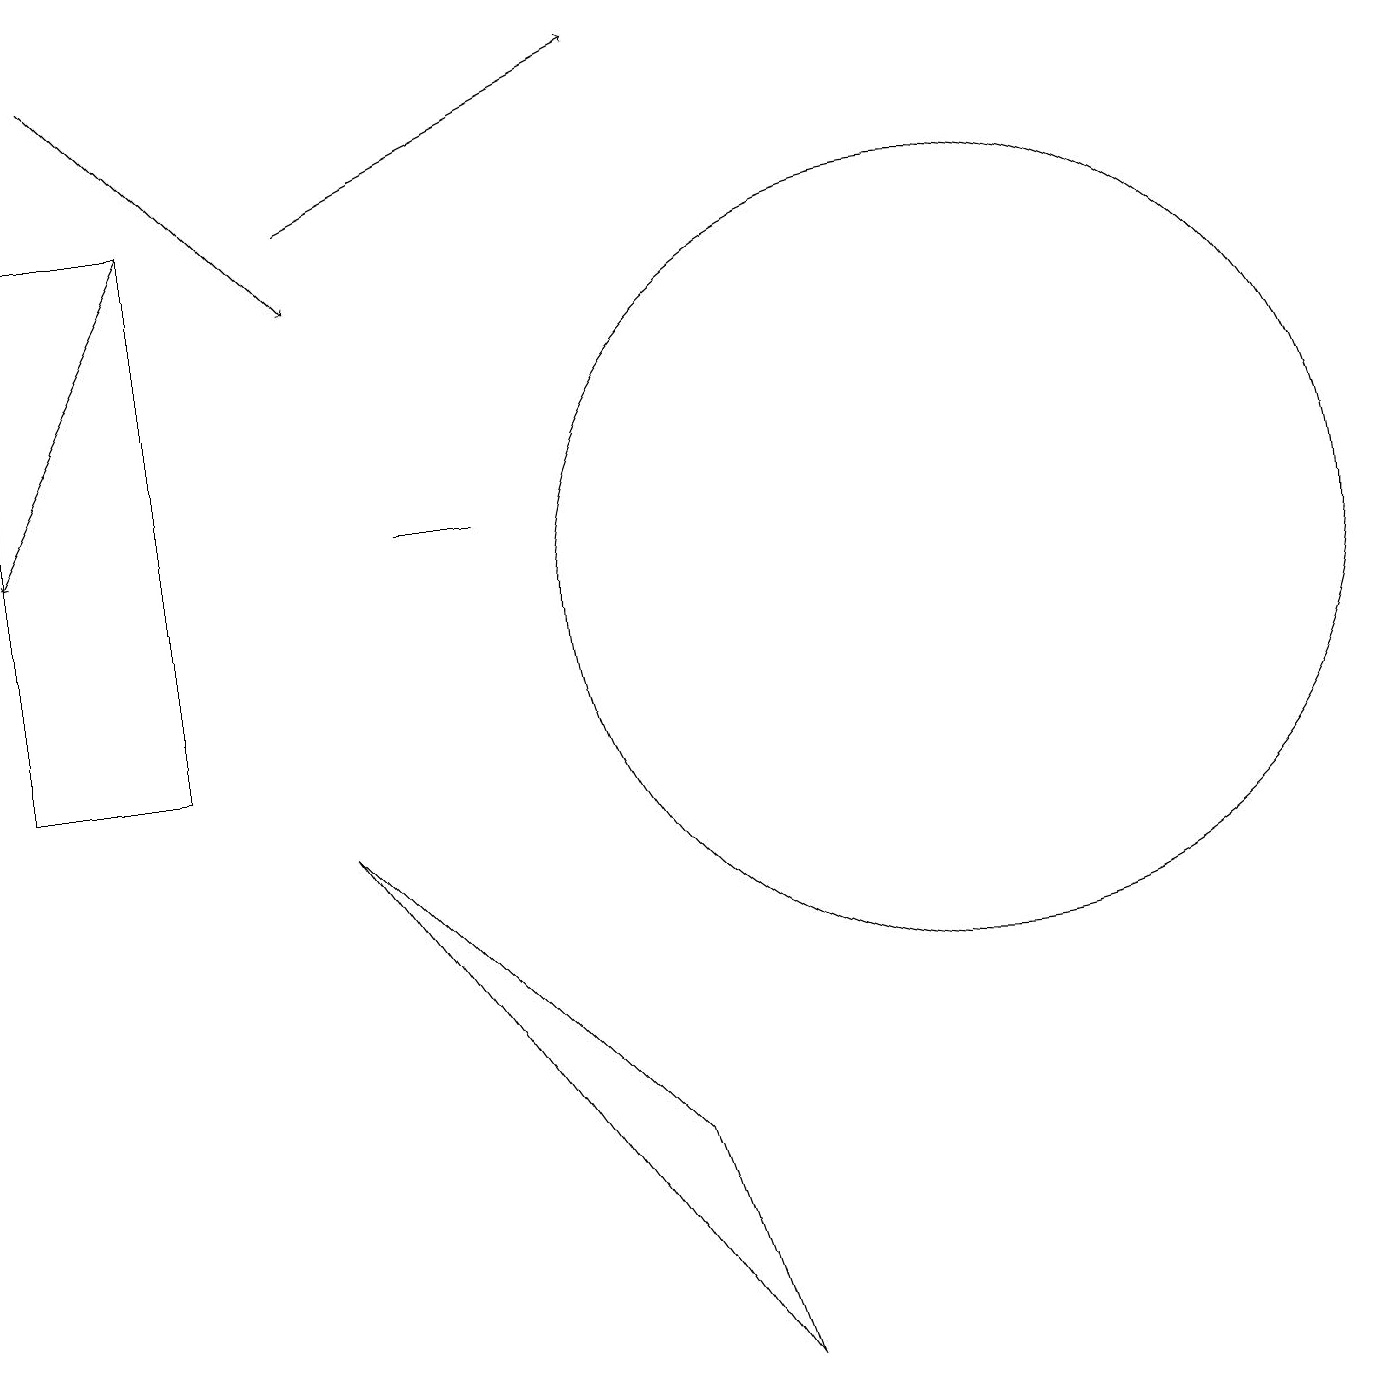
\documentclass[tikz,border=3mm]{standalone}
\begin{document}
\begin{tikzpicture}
\draw (2,10) rectangle (0,17);
\draw (6,13) rectangle (5,13);
\draw (9,2) -- (4,9) -- (8,5) -- cycle;
\draw[->] (4,17) -- (8,19);
\draw[->] (1,19) -- (4,16);
\draw[->] (2,17) -- (0,13);
\draw (12,12) circle (5);
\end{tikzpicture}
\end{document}